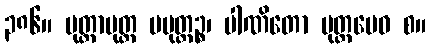
၃၈၆။ မုတ္တာမုတ္တ မမုတ္တဉ္စ၊ ပါဏိတော မုတ္တမေဝ စ။